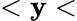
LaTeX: <\mathbf{y}<